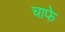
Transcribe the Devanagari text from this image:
चाफे